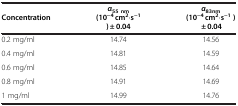
<table><thead><tr><td><b>Concentration</b></td><td><b><i>α</i><sub>55 nm</sub>(10<sup>−4</sup> cm<sup>2</sup>·s<sup>−1</sup>) ± 0.04</b></td><td><b><i>α</i><sub>83nm</sub>(10<sup>−4</sup> cm<sup>2</sup>·s<sup>−1</sup>)± 0.04</b></td></tr></thead><tbody><tr><td>0.2 mg/ml</td><td>14.74</td><td>14.56</td></tr><tr><td>0.4 mg/ml</td><td>14.81</td><td>14.59</td></tr><tr><td>0.6 mg/ml</td><td>14.85</td><td>14.64</td></tr><tr><td>0.8 mg/ml</td><td>14.91</td><td>14.69</td></tr><tr><td>1 mg/ml</td><td>14.99</td><td>14.76</td></tr></tbody></table>